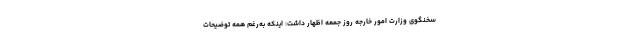
سخنگوی وزارت امور خارجه روز جمعه اظهار داشت: اینکه به‌رغم همه توضیحات